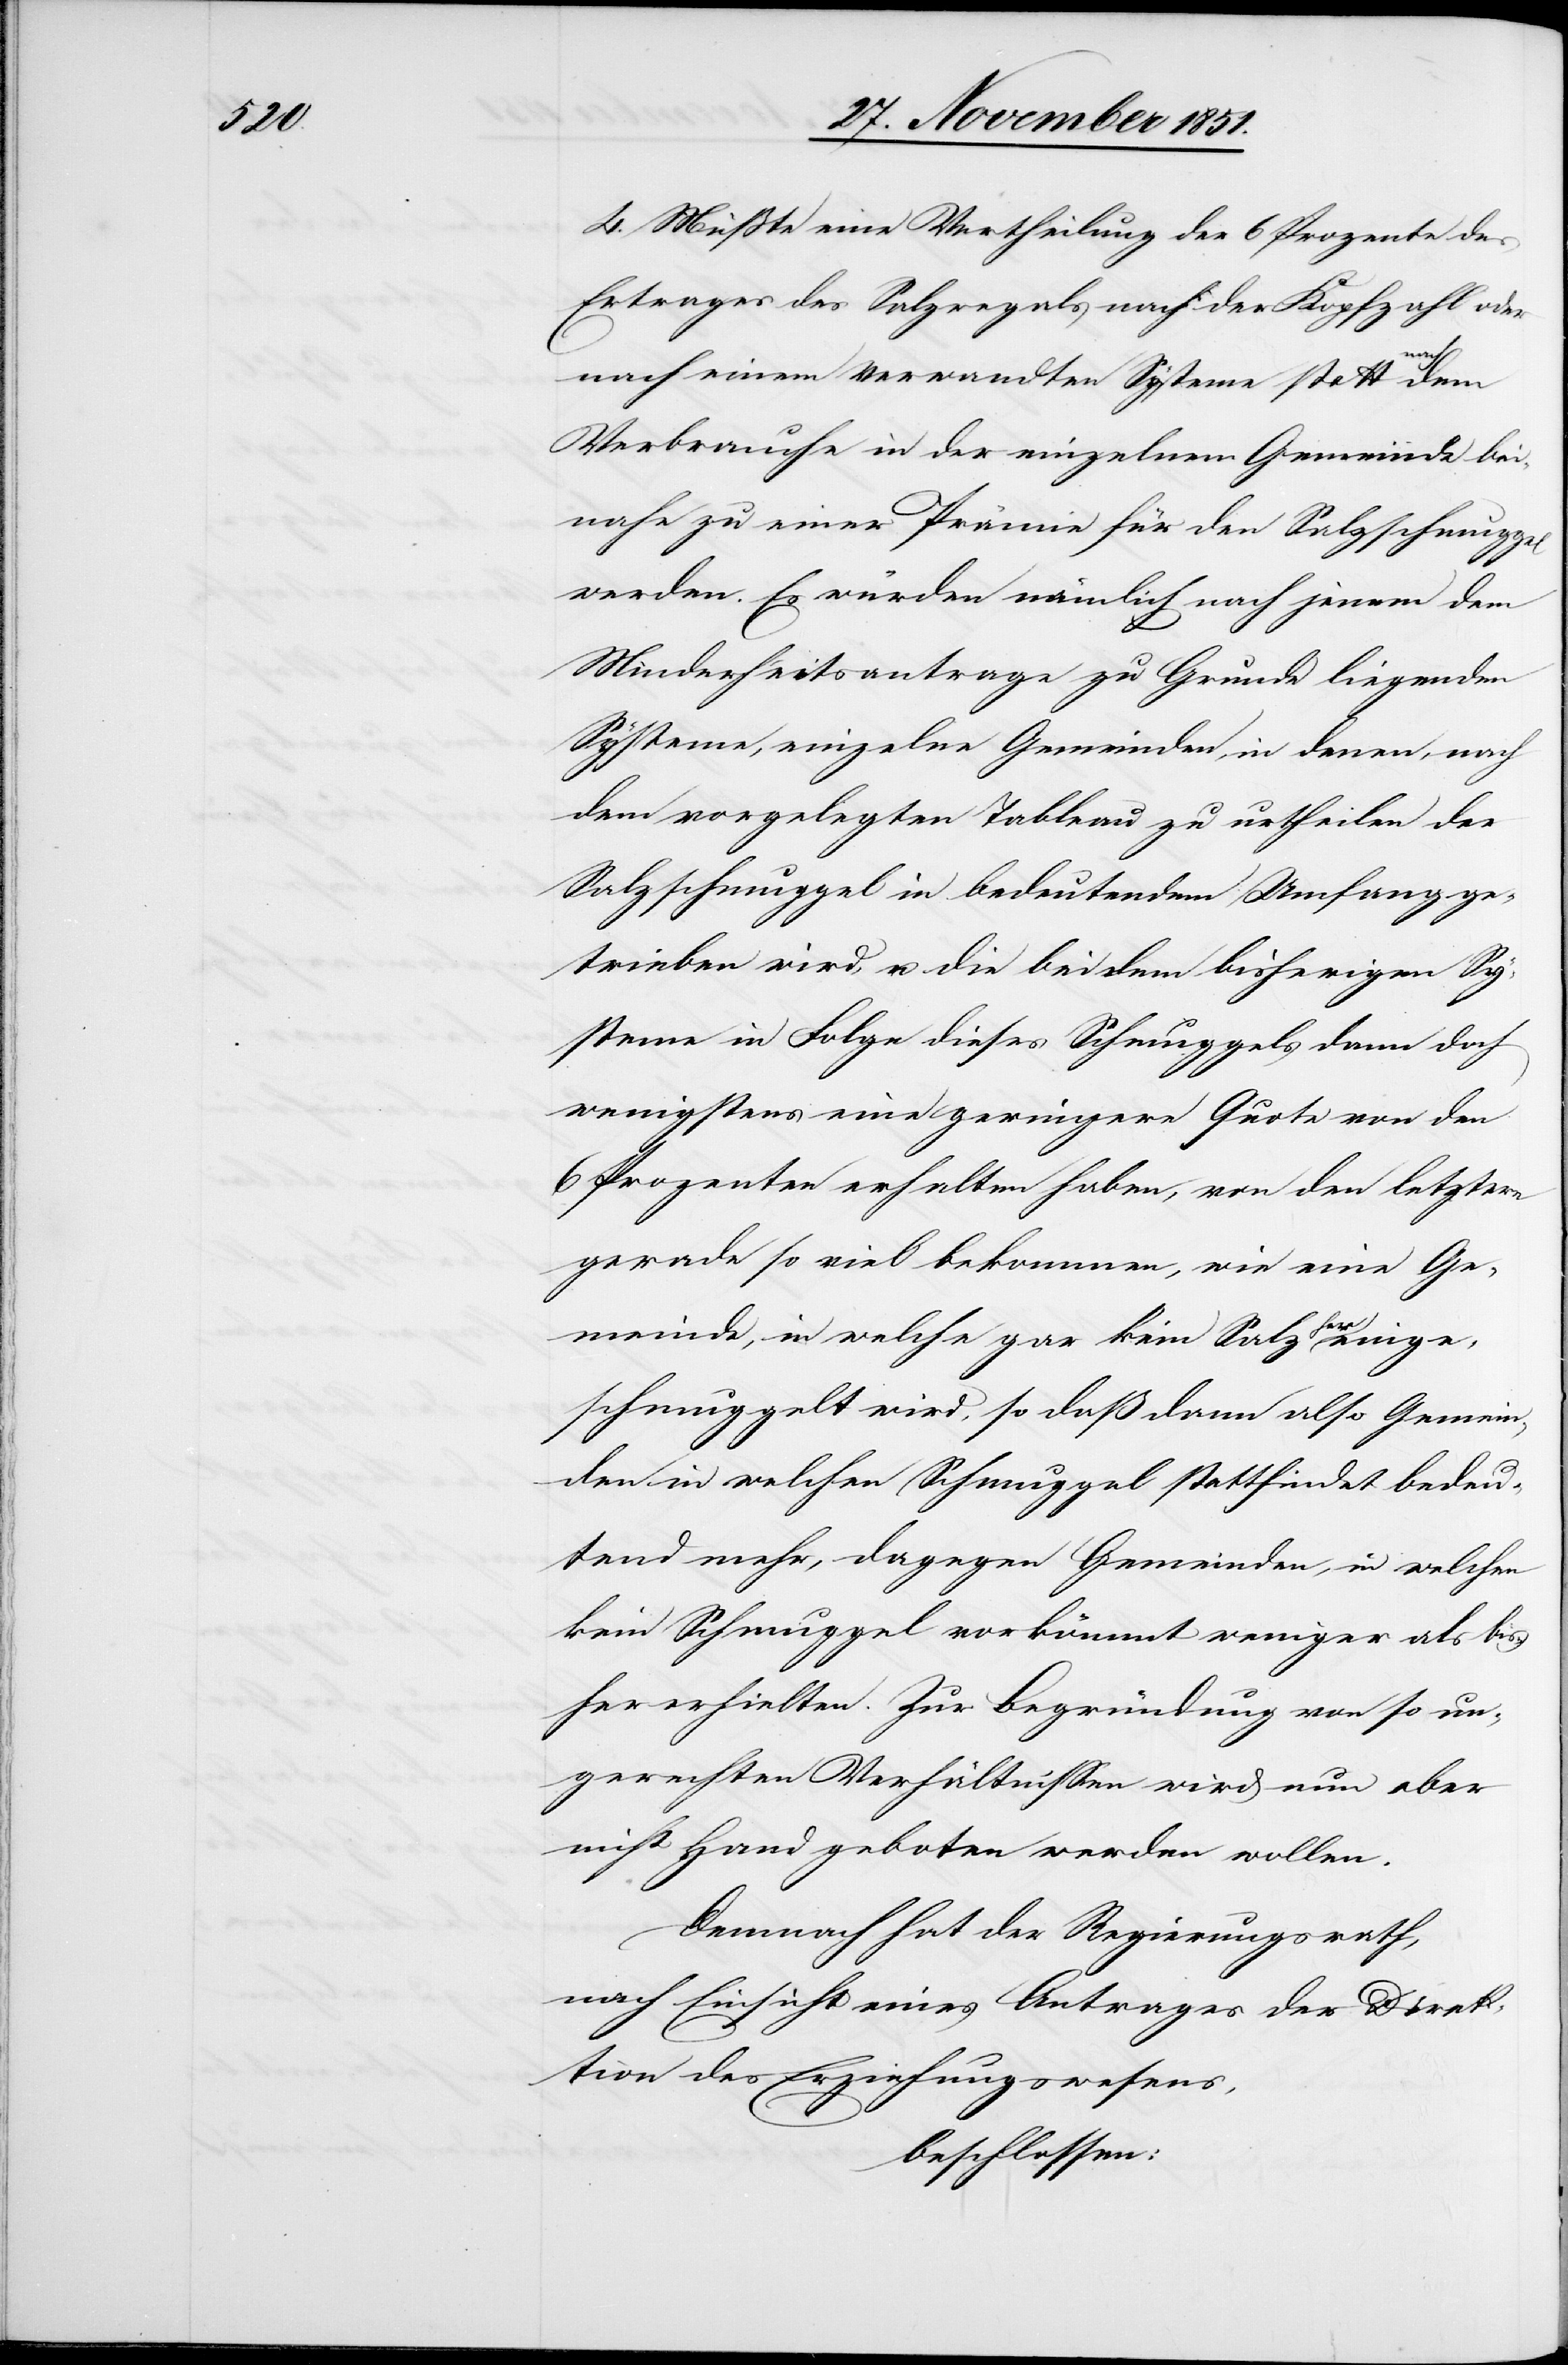
4. Müßte eine Vertheilung der 6 Prozente des
Ertrages des Salzregals nach der Kopfzahl oder
nach einem verwandten Systeme statt nach
Verbrauche in der einzelnen Gemeinde bei¬
nahe zu einer Prämie für den Salzschmuggel
werden. Es würden nämlich nach jenem dem
Minderheitsantrage zu Grunde liegenden
Systeme, einzelne Gemeinden, in denen, nach
dem vorgelegten Tableau zu urtheilen der
Salzschmuggel in bedeutendem Umfang ge¬
trieben wird, u. die bei dem bisherigen Sy¬
steme in Folge dieses Schmuggels dann doch
wenigstens eine geringere Quote von den
6 Prozenten erhalten haben, von den letztern
gerade so viel bekommen, wie eine Ge¬
meinde, in welche gar kein Salz hereinge¬
schmuggelt wird, so daß dann also Gemein¬
den in welchen Schmuggel stattfindet bedeu¬
tend mehr, dagegen Gemeinden, in welchen
kein Schmuggel vorkömmt weniger als bis¬
her erhielten. Zur Begründung von so un¬
gerechten Verhältnissen wird nun aber
nicht Hand geboten werden wollen.
Demnach hat der Regierungsrath,
nach Einsicht eines Antrages der Direk¬
tion des Erziehungswesens,
beschlossen: